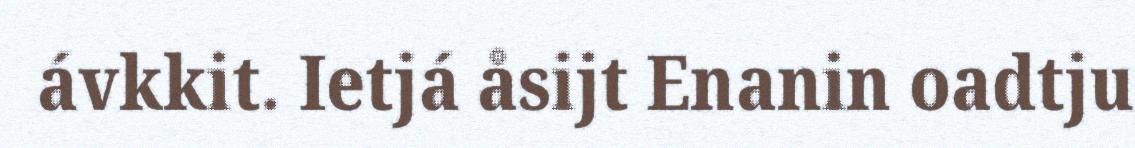
ávkkit. Ietjá åsijt Enanin oadtju